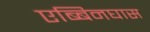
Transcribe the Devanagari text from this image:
एब्बिनघास